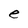
Character: e